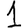
Digit: 1